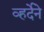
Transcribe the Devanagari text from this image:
व्हर्देने